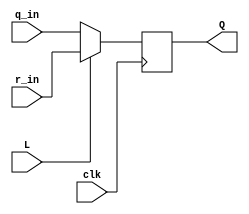
module muxdff (
	input clk,
	input L,
	input r_in,
	input q_in,
	output reg Q);
    
  always @(posedge clk) begin
    Q <= ((L) ? r_in : q_in);
  end

endmodule

module top_module (
	input [2:0] SW,      // R
	input [1:0] KEY,     // L and clk
	output [2:0] LEDR);  // Q

  muxdff q0(KEY[0], KEY[1], SW[0], LEDR[2], LEDR[0]);
  muxdff q1(KEY[0], KEY[1], SW[1], LEDR[0], LEDR[1]);
  muxdff q2(KEY[0], KEY[1], SW[2], LEDR[1] ^ LEDR[2], LEDR[2]);

endmodule